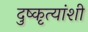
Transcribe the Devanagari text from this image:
दुष्कृत्यांशी